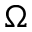
\Omega